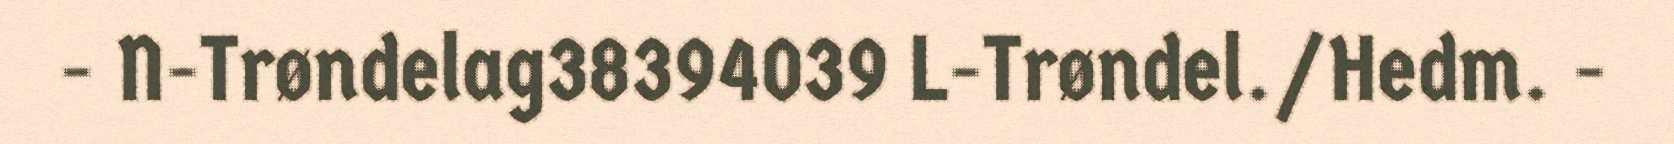
- N-Trøndelag38394039 L-Trøndel./Hedm. -